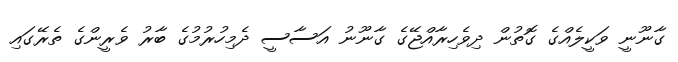
ގާނޫނީ ވަކީލެއްގެ ގޮތުން ދިވެހިރާއްޖޭގެ ގާނޫނު އަސާސީ ދެމިހުރުމުގެ ބާރު ވެރީންގެ ތެރޭގައި